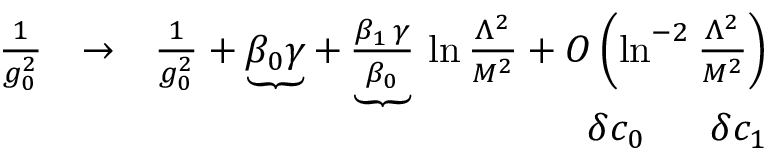
\begin{array} { r l r } { { \frac { 1 } { g _ { 0 } ^ { 2 } } } } & { \to } & { { \frac { 1 } { g _ { 0 } ^ { 2 } } } + \underbrace { \beta _ { 0 } \gamma } + \underbrace { \frac { \beta _ { 1 } \, \gamma } { \beta _ { 0 } } } \, \ln { \frac { \Lambda ^ { 2 } } { M ^ { 2 } } } + O \left( \ln ^ { - 2 } { \frac { \Lambda ^ { 2 } } { M ^ { 2 } } } \right) } \\ & { } & { \qquad \ \ \delta c _ { 0 } \quad \ \ \delta c _ { 1 } } \end{array}